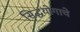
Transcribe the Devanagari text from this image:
सिद्धयोगाचे